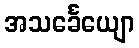
အသင်္ခေယျော